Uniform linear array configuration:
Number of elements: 64
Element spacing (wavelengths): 1
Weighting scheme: exponential
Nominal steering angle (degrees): -45
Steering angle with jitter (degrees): -45.71
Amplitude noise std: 0.05
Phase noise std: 0.05

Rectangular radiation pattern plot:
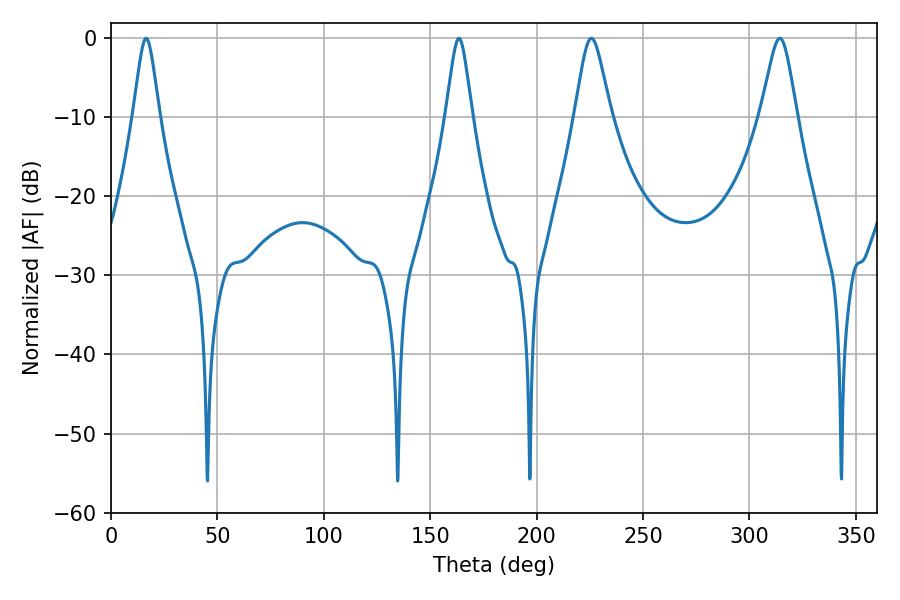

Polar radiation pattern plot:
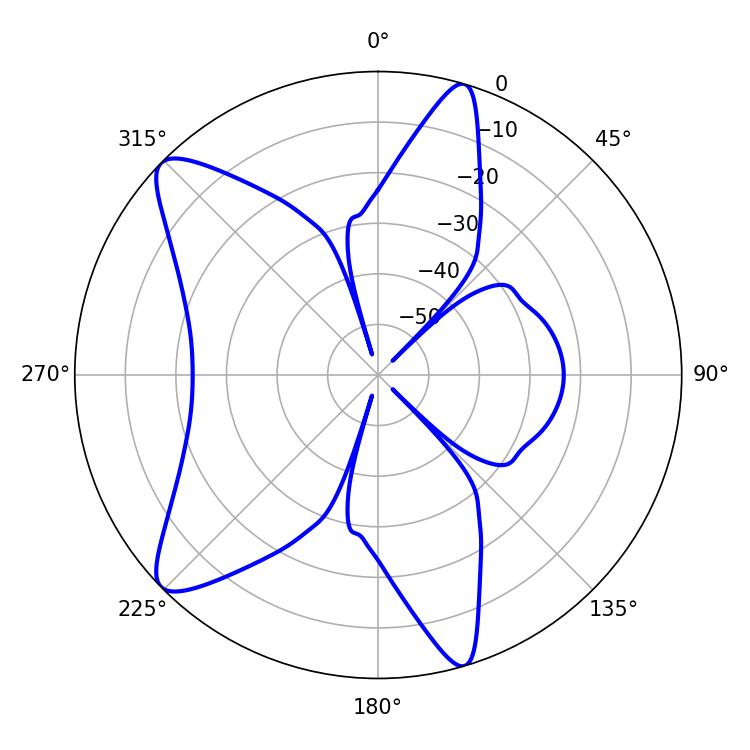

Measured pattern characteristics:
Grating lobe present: TRUE
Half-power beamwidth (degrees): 8.28
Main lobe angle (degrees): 225.72